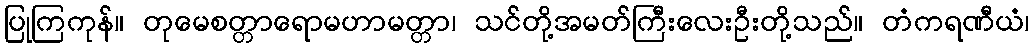
ပြုကြကုန်။ တုမေစတ္တာရောမဟာမတ္တာ၊ သင်တို့အမတ်ကြီးလေးဦးတို့သည်။ တံကရဏီယံ၊